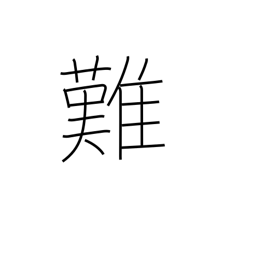
Meaning: difficult